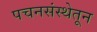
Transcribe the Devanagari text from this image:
पचनसंस्थेतून